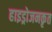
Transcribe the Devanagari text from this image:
हाइड्रोजनकृत